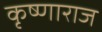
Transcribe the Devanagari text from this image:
कृष्णाराज